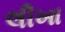
લીખા